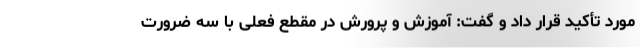
مورد تأکید قرار داد و گفت: ‌آموزش و پرورش در مقطع فعلی با سه ضرورت